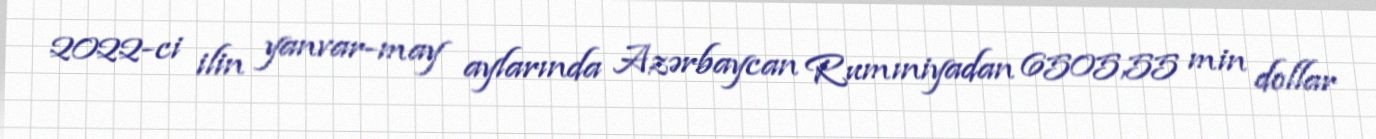
2022-ci ilin yanvar-may aylarında Azərbaycan Rumıniyadan 6505,55 min dollar